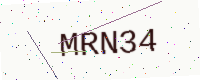
Text: MRN34